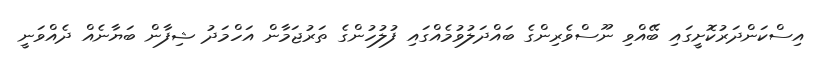
އިސްކަންދަރުކޮށީގައި ބޭއްވި ނޫސްވެރިންގެ ބައްދަލުވުމެއްގައި ފުލުހުންގެ ތަރުޖަމާން އަހްމަދު ޝިފާން ބަޔާނެއް ދެއްވަނީ